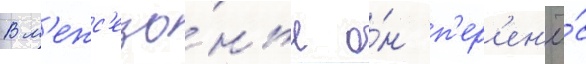
В м'ежс'езо́нье о́н п'ер'ен'ё́с